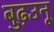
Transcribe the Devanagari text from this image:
बुढ़उनू